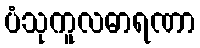
ပံသုကူလဓာရဏာ